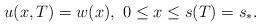
LaTeX: \begin{align*} u(x,T) = w(x),~ 0 \leq x \leq s(T) = s_*.\end{align*}